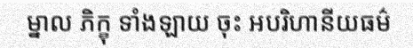
ម្នាល ភិក្ខុ ទាំងឡាយ ចុះ អបរិហានីយធម៌